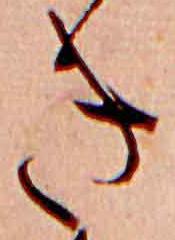
き